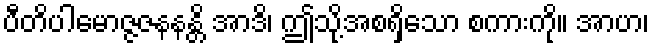
ပီတိပါမောဇ္ဇဇနနန္တိ အာဒိ၊ ဤသို့အစရှိသော စကားကို။ အာဟ၊